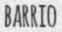
BARRIO